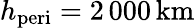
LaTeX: h_{\mathrm{peri}}=2\, 000\, \mathrm{km}